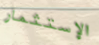
الإستثمار